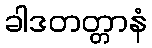
ခါဒတတ္တာနံ